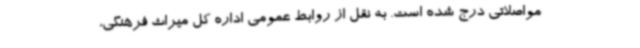
مواصلاتی درج شده است. به نقل از روابط عمومی اداره کل میراث فرهنگی،